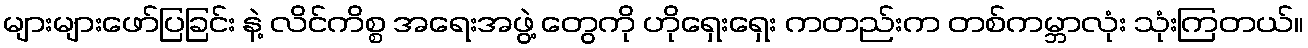
များများဖော်ပြခြင်း နဲ့ လိင်ကိစ္စ အရေးအဖွဲ့ တွေကို ဟိုရှေးရှေး ကတည်းက တစ်ကမ္ဘာလုံး သုံးကြတယ်။